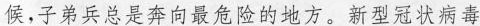
候，子弟兵总是奔向最危险的地方。新型冠状病毒